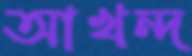
আখন্দ